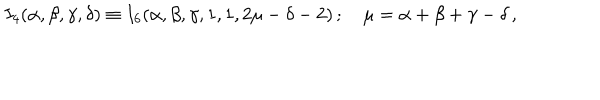
I _ { 4 } ( \alpha , \beta , \gamma , \delta ) \equiv I _ { 6 } ( \alpha , \beta , \gamma , 1 , 1 , 2 \mu - \delta - 2 ) \, ; \quad \mu = \alpha + \beta + \gamma - \delta \, ,